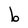
Character: b